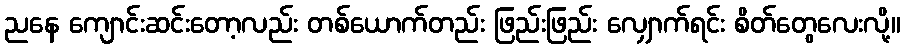
ညနေ ကျောင်းဆင်းတော့လည်း တစ်ယောက်တည်း ဖြည်းဖြည်း လျှောက်ရင်း စိတ်တွေလေးလို့။